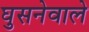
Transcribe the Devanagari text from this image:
घुसनेवाले